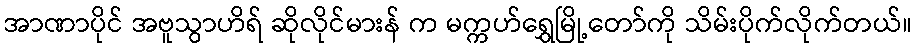
အာဏာပိုင် အဗူသွာဟိရ် ဆိုလိုင်မားန် က မက္ကဟ်ရွှေမြို့တော်ကို သိမ်းပိုက်လိုက်တယ်။